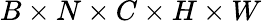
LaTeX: B\times N\times C\times H\times W